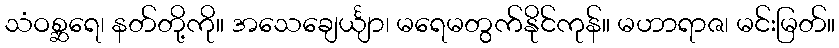
သံဝစ္ဆရေ၊ နတ်တို့ကို။ အသေချေင်္ယျာ၊ မရေမတွက်နိုင်ကုန်။ မဟာရာဇ၊ မင်းမြတ်။